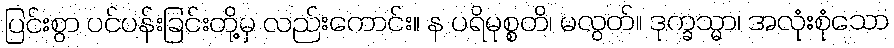
ပြင်းစွာ ပင်ပန်းခြင်းတို့မှ လည်းကောင်း။ န ပရိမုစ္စတိ၊ မလွတ်။ ဒုက္ခသ္မာ၊ အလုံးစုံသော